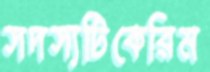
সদস্যটিকেরিম